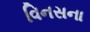
વિનસના